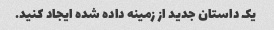
یک داستان جدید از زمینه داده شده ایجاد کنید.